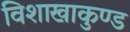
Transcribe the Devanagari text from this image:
विशाखाकुण्ड